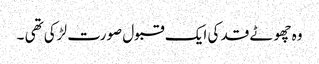
وہ چھوٹے قد کی ایک قبول صورت لڑکی تھی ۔